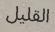
القليل